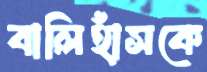
বালিহাঁসকে